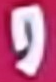
و